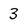
Character: 3